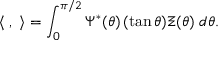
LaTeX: \langle { \bf \Psi } , { \bf \Xi } \rangle = \int _ { 0 } ^ { \pi / 2 } \Psi ^ { * } ( \theta ) \, ( \tan \theta ) \Xi ( \theta ) \; d \theta .